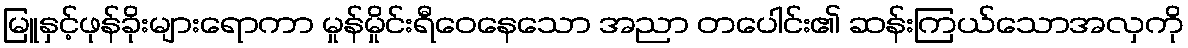
မြူနှင့်ဖုန်ခိုးများရောကာ မှုန်မှိုင်းရီဝေနေသော အညာ တပေါင်း၏ ဆန်းကြယ်သောအလှကို